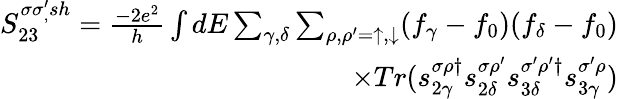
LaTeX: \begin{array}{r}{{S_{23}^{\sigma\sigma_{,}^{\prime}sh}=\frac{-2e^{2}}{h}\int dE\sum_{\gamma,\delta}\sum_{\rho,\rho^{\prime}=\uparrow,\downarrow}(f_{\gamma}-f_{0})(f_{\delta}-f_{0})}}\\ {{\times Tr(s_{2\gamma}^{\sigma\rho\dagger}s_{2\delta}^{\sigma\rho^{\prime}}s_{3\delta}^{\sigma^{\prime}\rho^{\prime}\dagger}s_{3\gamma}^{\sigma^{\prime}\rho})}}\end{array}